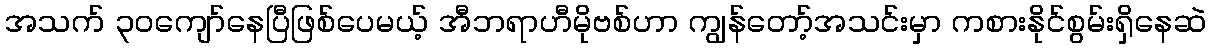
အသက် ၃၀ကျော်နေပြီဖြစ်ပေမယ့် အီဘရာဟီမိုဗစ်ဟာ ကျွန်တော့်အသင်းမှာ ကစားနိုင်စွမ်းရှိနေဆဲ